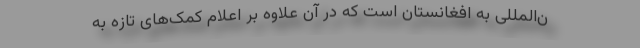
ن‌المللی به افغانستان است که در آن علاوه بر اعلام کمک‌های تازه به